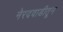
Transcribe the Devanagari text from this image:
नेरदवाडीतून